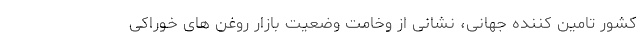
کشور تامین کننده جهانی، نشانی از وخامت وضعیت بازار روغن های خوراکی